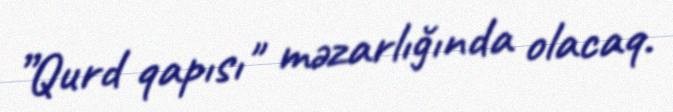
”Qurd qapısı" məzarlığında olacaq.